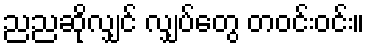
ညညဆိုလျှင် လျှပ်တွေ တဝင်းဝင်း။